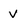
Character: v